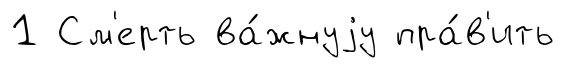
1 См'ерть ва́жнуjу пра́в'ить